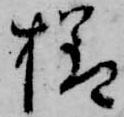
様